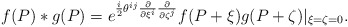
\begin{align*}f(P)*g(P)=e^{\frac{i}{2}\theta^{ij}\frac{\partial}{\partial\xi^i}\frac{\partial}{\partial\zeta^j}}f(P+\xi )g(P+\zeta )|_{\xi =\zeta =0}.\end{align*}